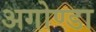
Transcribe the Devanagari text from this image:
अगोण्डा